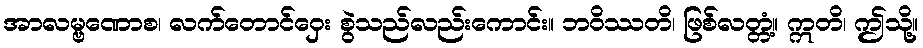
အာလမ္ဗဏောစ၊ လက်တောင်ဝှေး စွဲသည်လည်းကောင်း။ ဘဝိဿတိ၊ ဖြစ်လတ္တံ့။ ဣတိ၊ ဤသို့။